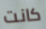
كانت